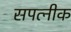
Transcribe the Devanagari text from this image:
सपत्‍नीक